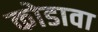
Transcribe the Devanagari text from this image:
कोडावा